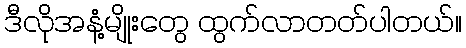
ဒီလိုအနံ့မျိုးတွေ ထွက်လာတတ်ပါတယ်။